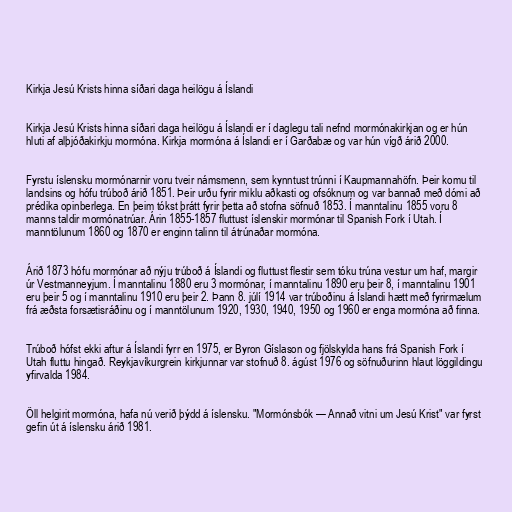
Kirkja Jesú Krists hinna síðari daga heilögu á Íslandi

Kirkja Jesú Krists hinna síðari daga heilögu á Íslandi er í daglegu tali nefnd mormónakirkjan og er hún
hluti af alþjóðakirkju mormóna. Kirkja mormóna á Íslandi er í Garðabæ og var hún vígð árið 2000.

Fyrstu íslensku mormónarnir voru tveir námsmenn, sem kynntust trúnni í Kaupmannahöfn. Þeir komu til
landsins og hófu trúboð árið 1851. Þeir urðu fyrir miklu aðkasti og ofsóknum og var bannað með dómi að
prédika opinberlega. En þeim tókst þrátt fyrir þetta að stofna söfnuð 1853. Í manntalinu 1855 voru 8
manns taldir mormónatrúar. Árin 1855-1857 fluttust íslenskir mormónar til Spanish Fork í Utah. Í
manntölunum 1860 og 1870 er enginn talinn til átrúnaðar mormóna.

Árið 1873 hófu mormónar að nýju trúboð á Íslandi og fluttust flestir sem tóku trúna vestur um haf, margir
úr Vestmanneyjum. Í manntalinu 1880 eru 3 mormónar, í manntalinu 1890 eru þeir 8, í manntalinu 1901
eru þeir 5 og í manntalinu 1910 eru þeir 2. Þann 8. júlí 1914 var trúboðinu á Íslandi hætt með fyrirmælum
frá æðsta forsætisráðinu og í manntölunum 1920, 1930, 1940, 1950 og 1960 er enga mormóna að finna.

Trúboð hófst ekki aftur á Íslandi fyrr en 1975, er Byron Gíslason og fjölskylda hans frá Spanish Fork í
Utah fluttu hingað. Reykjavíkurgrein kirkjunnar var stofnuð 8. ágúst 1976 og söfnuðurinn hlaut löggildingu
yfirvalda 1984.

Öll helgirit mormóna, hafa nú verið þýdd á íslensku. "Mormónsbók — Annað vitni um Jesú Krist" var fyrst
gefin út á íslensku árið 1981.